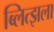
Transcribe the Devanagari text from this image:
ब्लित्झला